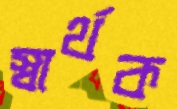
স্বার্থক